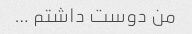
من دوست داشتم …